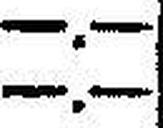
—.—